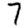
Digit: 7